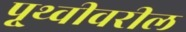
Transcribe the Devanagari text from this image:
पृ्थ्वीवरील